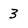
Character: 3